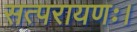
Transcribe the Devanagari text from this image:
सत्परायणः।